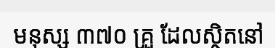
មនុស្ស ៣៧០ គ្រួ ដែលស្ថិតនៅ